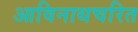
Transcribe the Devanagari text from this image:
आविनाथचरित